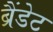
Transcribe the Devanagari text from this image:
ब्रैंडेट